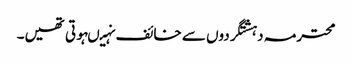
محترمہ دہشتگردوں سے خائف نہیںہوتی تھیں۔